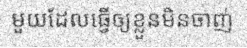
មួយដែលធ្វើឲ្យខ្លួនមិនចាញ់